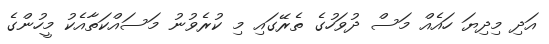
އަދި މިދިޔަ ހައެއް މަސް ދުވަހުގެ ތެރޭގައި މި ކުރެވުނު މަސައްކަތާއެކު މީހުންގެ